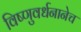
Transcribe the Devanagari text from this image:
विष्णुवर्धनानेच